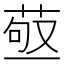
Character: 𦱩